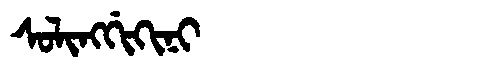
Manchu: ᠰᠣᠯᡳᠩᡤᡳᡴᡳᠨᡳ
Romanization: SOLINGGIKINI